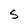
Character: S